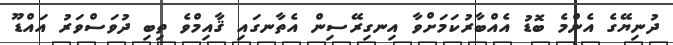
ދުނިޔޭގެ އެންމެ ބޮޑު އެއްބާރުކަމަށްވާ އިނގިރޭސިން އެތާނގައި ޤާއިމްވެ ތިބި ދުވަސްވަރު އައްޑޫ